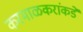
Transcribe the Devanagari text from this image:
करमाळकरांकडे